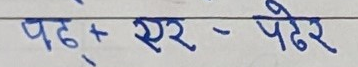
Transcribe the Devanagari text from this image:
पढ् + एर - पढेर